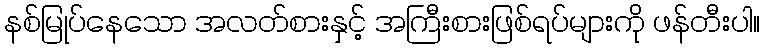
နစ်မြုပ်နေသော အလတ်စားနှင့် အကြီးစားဖြစ်ရပ်များကို ဖန်တီးပါ။